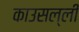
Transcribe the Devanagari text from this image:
काउसल्ली